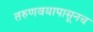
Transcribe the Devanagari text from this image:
तरुणवयापासूनच